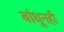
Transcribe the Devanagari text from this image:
बांधूनही